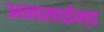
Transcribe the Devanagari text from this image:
अनसाईन्ड